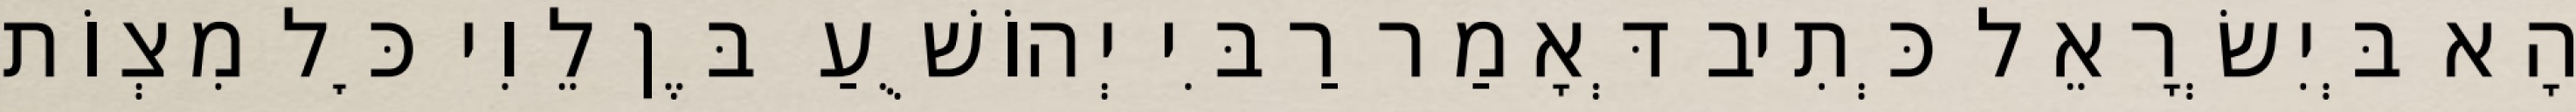
הָא בְּיִשְׂרָאֵל כְּתִיב דְּאָמַר רַבִּי יְהוֹשֻׁעַ בֶּן לֵוִי כׇּל מִצְוֹת